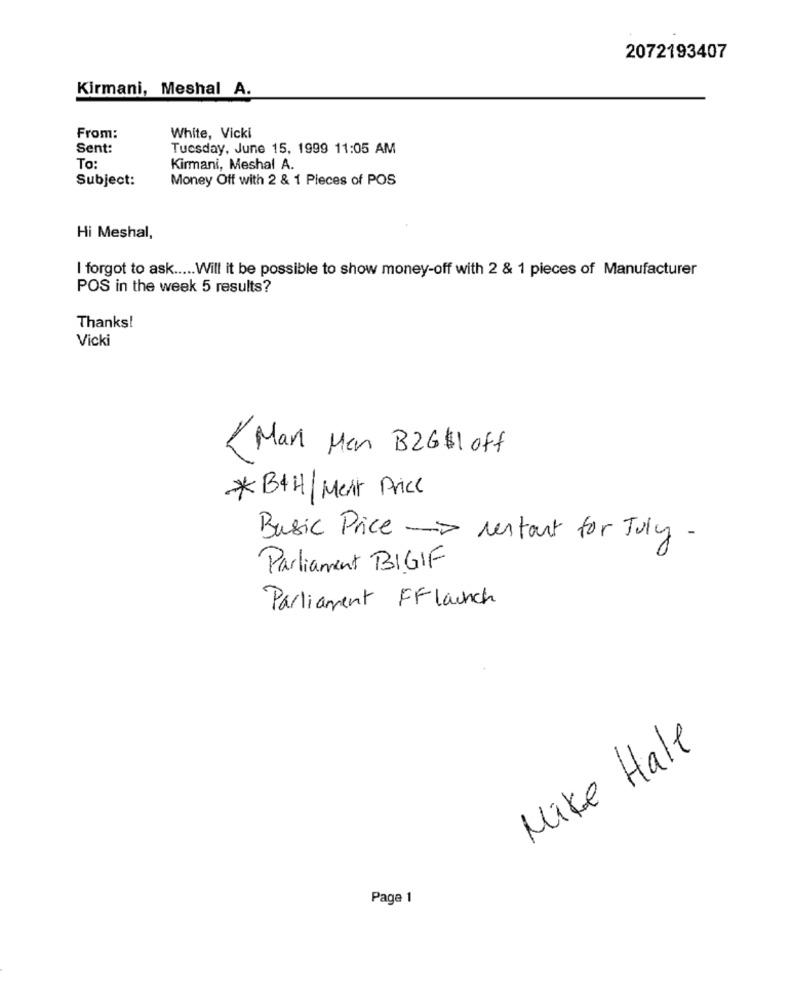
2072193407
Kirmani, Meshal A.
From:
White, Vicki
Sent:
Tuesday, June 15, 1999 11:05 AM
To:
Kirmani, Meshal A.
Subject:
Money Off with 2 & 1 Pieces of POS
Hi Meshal,
I forgot to ask ..... Will it be possible to show money-off with 2 & 1 pieces of Manufacturer
POS in the week 5 results?
Thanks!
Vicki
< Man Men B26$1 off
*B4H/Ment Price
Basic Price - restant for July-
Parliament BIGIF
Parliament FFlaunch
Make Hale
Page 1